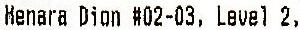
MENARA DION #02-03, LEVEL 2,